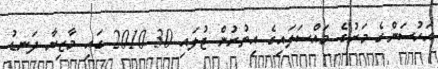
އަހުސަންގެ މަރުގެ މައްސަލައިގެ އިތުރުން ޖުލައި 30 2010 ގައި މާޒިޔާ ދަނޑު